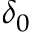
\delta _ { 0 }